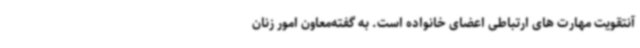
آنتقویت مهارت های ارتباطی اعضای خانواده است. به گفته‌معاون امور زنان